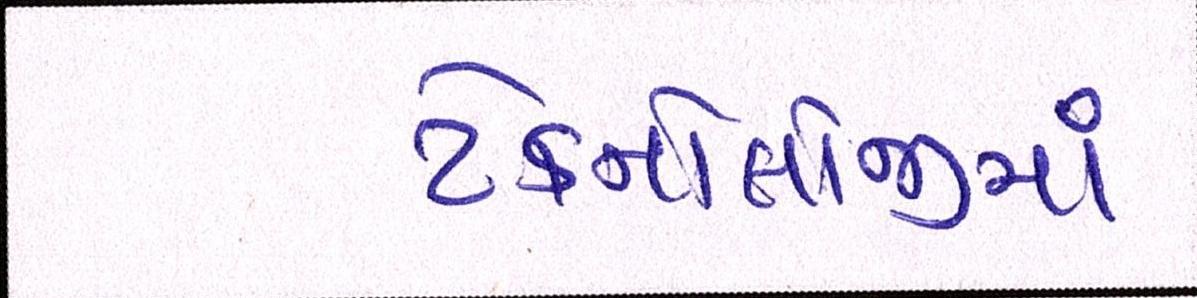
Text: ટેક્નોલોજીમાં